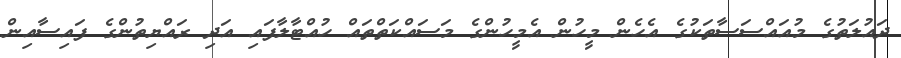
ދައުލަތުގެ މުއައްސަސާތަކުގެ އެހެން މީހުން އެމީހުންގެ މަސައްކަތްތައް ހުއްޓާލާފައި އަދި ރައްޔިތުންގެ ފައިސާއިން